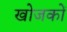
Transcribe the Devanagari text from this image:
खोजकों